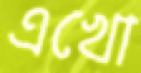
এখো